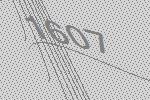
1607